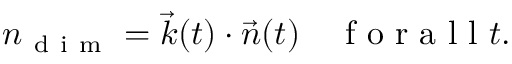
n _ { \mathrm { ~ d ~ i ~ m ~ } } = \vec { k } ( t ) \cdot \vec { n } ( t ) \enspace \enspace \mathrm { ~ f ~ o ~ r ~ a ~ l ~ l ~ } t .